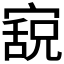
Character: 𫳸